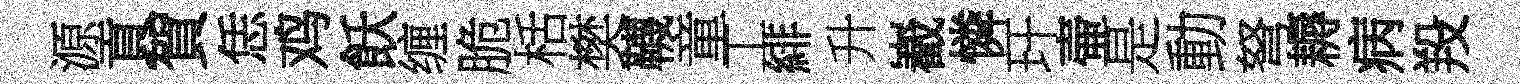
源貢賀恁鸡飫缠脆栝樊韈童工緋升嶻憐玕壷是動弩耨病羖